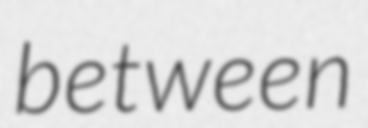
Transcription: between